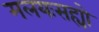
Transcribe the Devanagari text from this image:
मलयःसह्यो